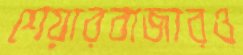
শেয়ারবাজারও